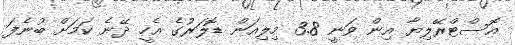
އޮސްޓްރޭލިޔާ އިން ވަނީ 3.8 މިލިއަން ޑޮލަރުގެ އެހީ ދޭނެ ކަމަށް ބުނެފަ